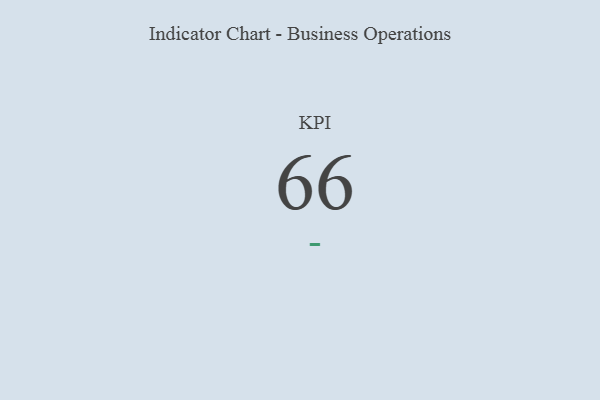
{"axis": {"x": "KPI", "y": "Value"}, "legend": [""], "data": [{"x": "KPI", "y": 66, "type": ""}]}